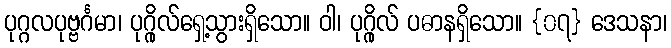
ပုဂ္ဂလပုဗ္ဗင်္ဂမာ၊ ပုဂ္ဂိုလ်ရှေ့သွားရှိသော။ ဝါ၊ ပုဂ္ဂိုလ် ပဓာနရှိသော။ {၀၇} ဒေသနာ၊